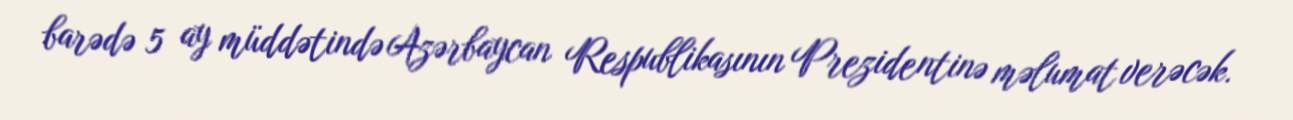
barədə 5 ay müddətində Azərbaycan Respublikasının Prezidentinə məlumat verəcək.